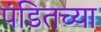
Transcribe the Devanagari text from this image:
पंडितच्या